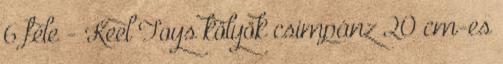
6 féle - Keel Toys kölyök csimpánz 20 cm-es